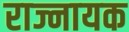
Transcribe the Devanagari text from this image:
राज्नायक